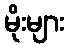
မိုးများ